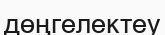
дөңгелектеу